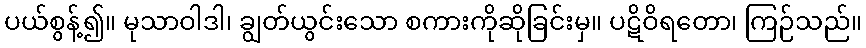
ပယ်စွန့်၍။ မုသာဝါဒါ၊ ချွတ်ယွင်းသော စကားကိုဆိုခြင်းမှ။ ပဋိဝိရတော၊ ကြဉ်သည်။